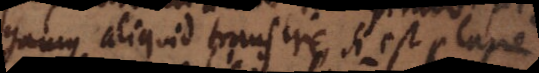
gamus aliquid transire, si est plane